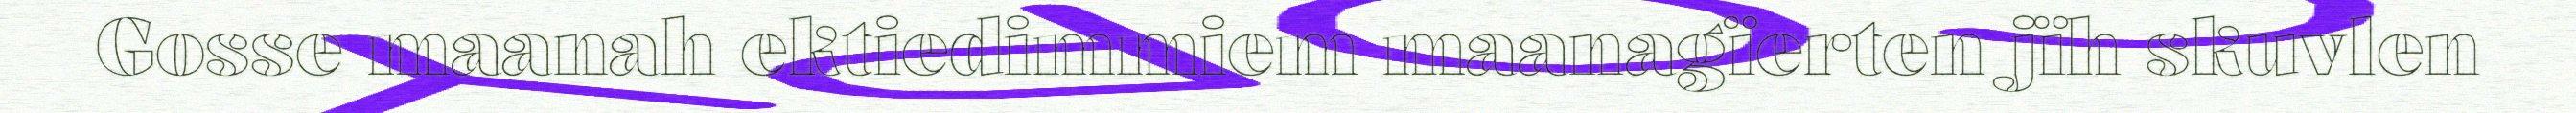
Gosse maanah ektiedimmiem maanagïerten jïh skuvlen